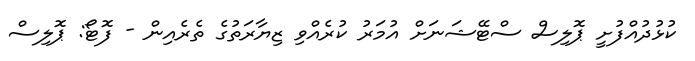
ކުޅުދުއްފުށީ ޕޮލިސް ސްޓޭޝަނަށް އުމަރު ކުރެއްވި ޒިޔާރަތުގެ ތެރެއިން - ފޮޓޯ: ޕޮލިސް